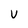
Character: u